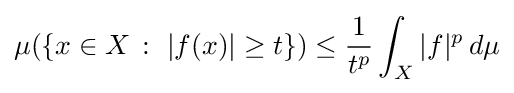
\mu (\{x\in X\,:\,\,|f(x)|\geq t\})\leq {1 \over t^{p}}\int _{X}|f|^{p}\,d\mu